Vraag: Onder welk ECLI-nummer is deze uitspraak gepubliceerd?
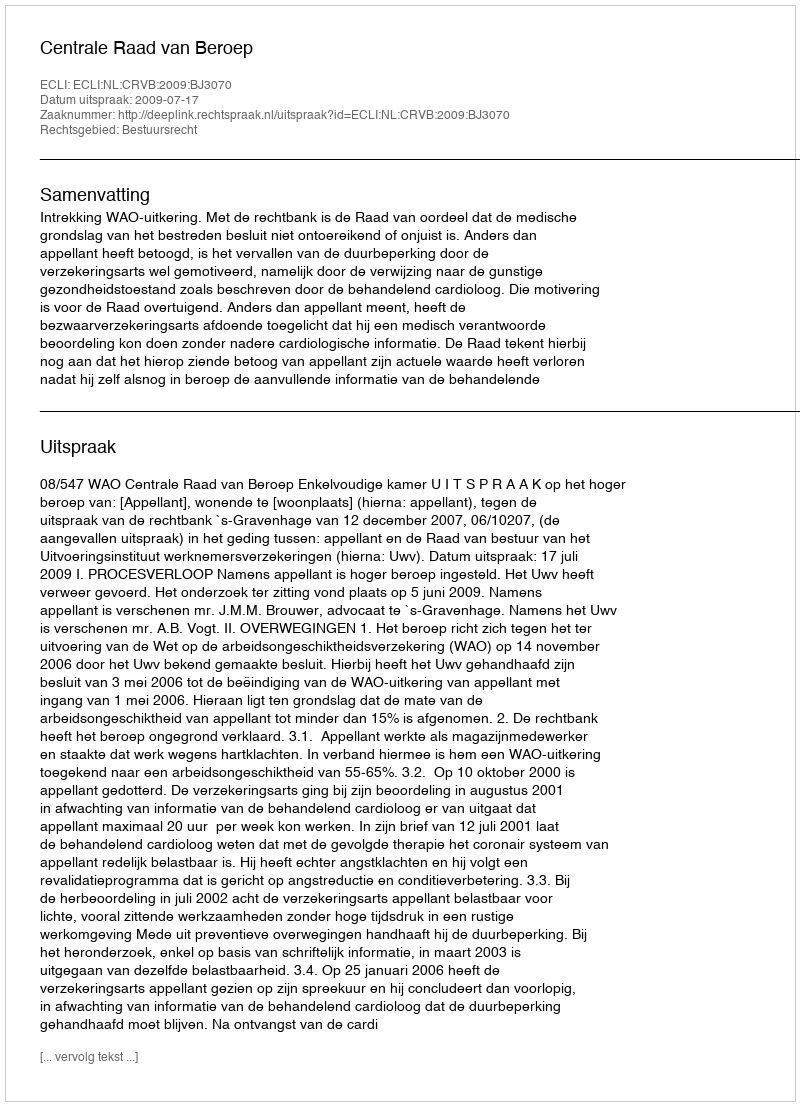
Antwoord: ECLI:NL:CRVB:2009:BJ3070